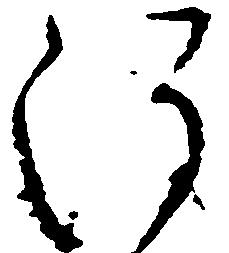
注